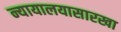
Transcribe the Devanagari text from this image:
न्यायालयासारखा